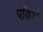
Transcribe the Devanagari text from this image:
पक्षियो